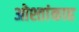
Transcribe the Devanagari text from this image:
ओश्तांकाह